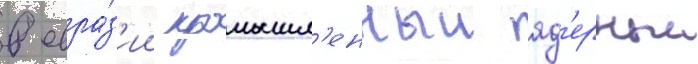
в евра́з'ии промышл'енныи яд'ерныи